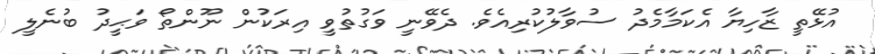
އުޅޭތީ ޒާހިޔާ އެކަމާމެދު ސުވާލުކުރިއެވެ. ދެވޭނީ ވަގުތުވީ އިރަކުން ނޫންތޯ ވަޙީދު ބުނެލީ